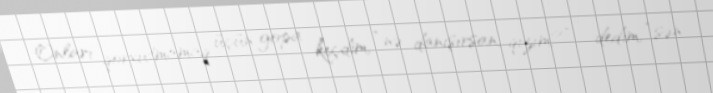
Onları qorxutmamaq üçün gopa keçdim, “nə danışırsan, qızım?” - dedim, “sən